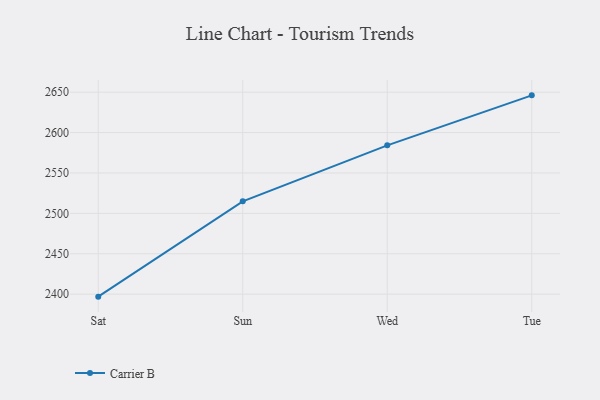
{"axis": {"x": "Day", "y": "LTV (USD)"}, "legend": ["Carrier B"], "data": [{"x": "Sat", "y": 2396.9, "type": "Carrier B"}, {"x": "Sun", "y": 2514.9, "type": "Carrier B"}, {"x": "Wed", "y": 2584.2, "type": "Carrier B"}, {"x": "Tue", "y": 2646.1, "type": "Carrier B"}]}